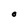
Character: O